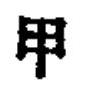
甲